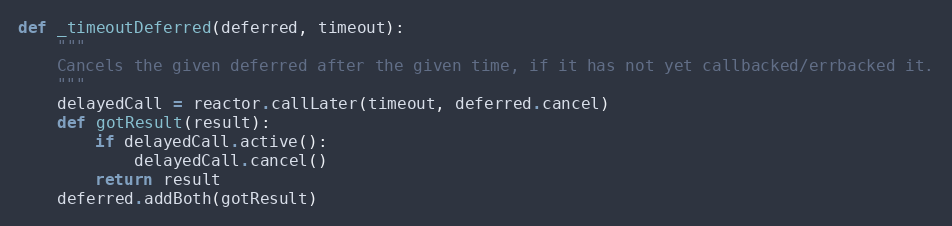
Language: Python
def _timeoutDeferred(deferred, timeout):
    """
    Cancels the given deferred after the given time, if it has not yet callbacked/errbacked it.
    """
    delayedCall = reactor.callLater(timeout, deferred.cancel)
    def gotResult(result):
        if delayedCall.active():
            delayedCall.cancel()
        return result
    deferred.addBoth(gotResult)